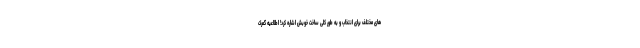
های مختلف برای انتخاب و به طور کلی ساخت خوبش اشاره کرد! اطلاعیه گمرک